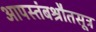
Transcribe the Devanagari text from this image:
आपस्तंबश्रौतसूत्र